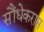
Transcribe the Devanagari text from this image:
सौंधेकरास